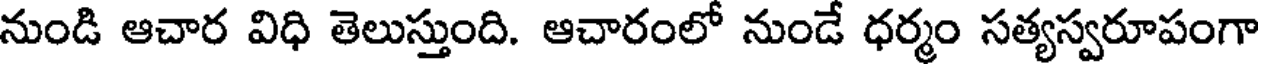
నుండి ఆచార విధి తెలుస్తుంది. ఆచారంలో నుండే ధర్మం సత్యస్వరూపంగా